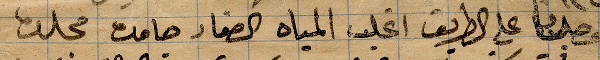
وصلنا على الطريق ... المياه الصفاء جامدة مجلده